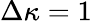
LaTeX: \Delta\kappa=1